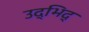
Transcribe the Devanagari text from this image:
उद्भिद्